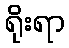
ရိုးရာ